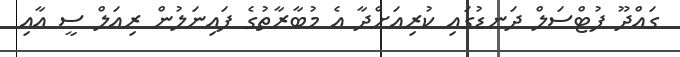
ގައްދޫ ފުޓްސަލް ދަނޑުގައި ކުރިއަށްދާ އެ މުބާރާތުގެ ފައިނަލުން ރިއަލް ސީ އާއި